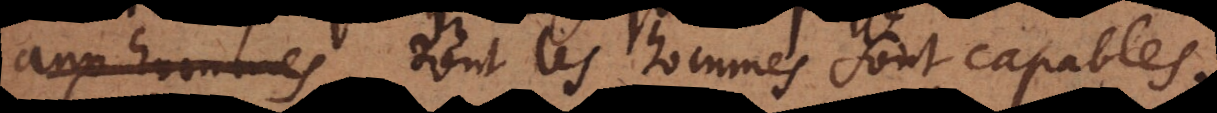
aux hommes dont les hommes sont capables.